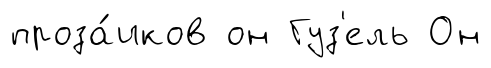
проза́иков он Гуз'ель Он